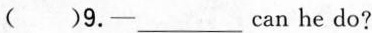
（）9.—___can he do?